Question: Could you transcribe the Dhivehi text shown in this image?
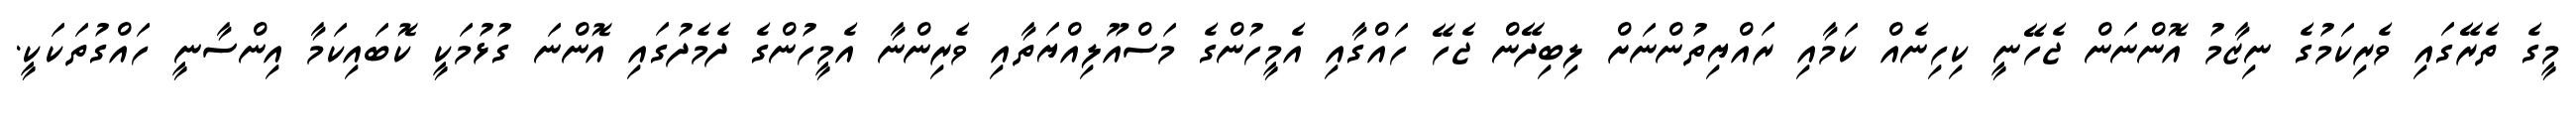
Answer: މީގެ ތެރޭގައި ވެރިކަމުގެ ނިޒާމު އޮންނަން ޖެހޭނީ ކިހިނެއް ކަމާއި ރައްޔިތުންނަށް ލިބިދޭން ޖެހޭ ހައްގާއި އެމީހުންގެ މަސްއޫލިއްޔަތާއި ވެރިންނާ އެމީހުންގެ ދެމެދުގައި އޮންނަ ގުޅުމަކީ ކޮބައިކަމާ އިންސާނީ ހައްގުތަކަކީ.